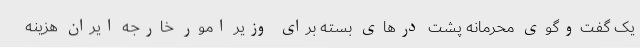
یک گفت‌وگوی محرمانه پشت درهای بسته برای وزیر امور خارجه ایران هزینه